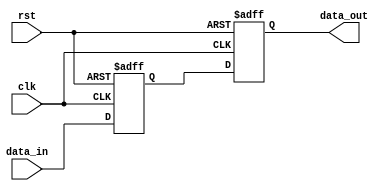
module Fallback_Bypass_Register (
  input clk,
  input rst,
  input [7:0] data_in,
  output reg [7:0] data_out
);

reg [7:0] reg_data;

always @(posedge clk or posedge rst) begin
  if (rst) begin
    reg_data <= 8'h00;
    data_out <= 8'h00;
  end else begin
    reg_data <= data_in;
    data_out <= reg_data;
  end
end

endmodule